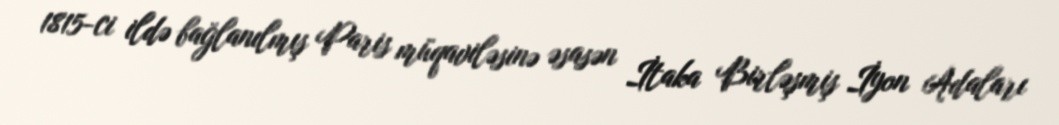
1815-ci ildə bağlanılmış Paris müqaviləsinə əsasən İtaka Birləşmiş İyon Adaları